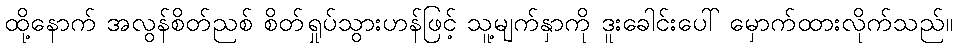
ထို့နောက် အလွန်စိတ်ညစ် စိတ်ရှုပ်သွားဟန်ဖြင့် သူ့မျက်နှာကို ဒူးခေါင်းပေါ် မှောက်ထားလိုက်သည်။